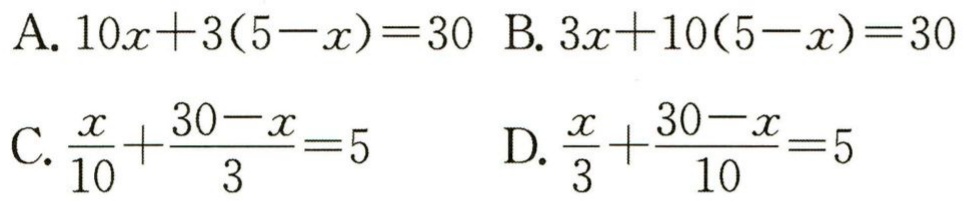
A. \(10x + 3(5 - x)=30\) B. \(3x + 10(5 - x)=30\)

C. \(\frac{x}{10}+\frac{30 - x}{3}=5\) D. \(\frac{x}{3}+\frac{30 - x}{10}=5\)